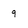
Character: 9